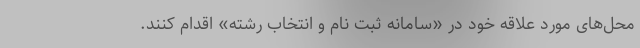
محل‌های مورد علاقه خود در «سامانه ثبت نام و انتخاب رشته» اقدام کنند.